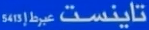
5413 تاينست ع